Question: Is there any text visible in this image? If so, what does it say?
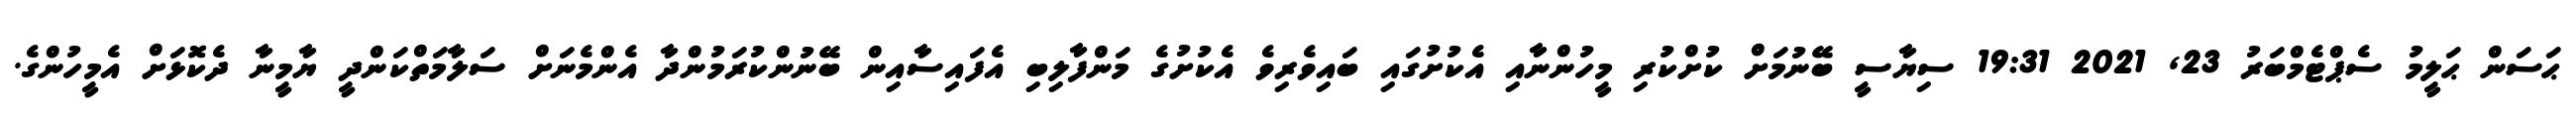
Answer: ޙަސަން ޙަލީމު ސެޕްޓެމްބަރު 23, 2021 19:31 ސިޔާސީ ބޭނުމަށް ކުށްކުރި މީހުންނާއި އެކުށުގައި ބައިވެރިވެ އެކުށުގެ މަންފާލިބި އެފައިސާއިން ބޭނުންކުރަމުންދާ އެންމެނަށް ސަލާމަތްކަންދީ ޔާމީނާ ދެކޮޅަށް އެމީހުންގެ.